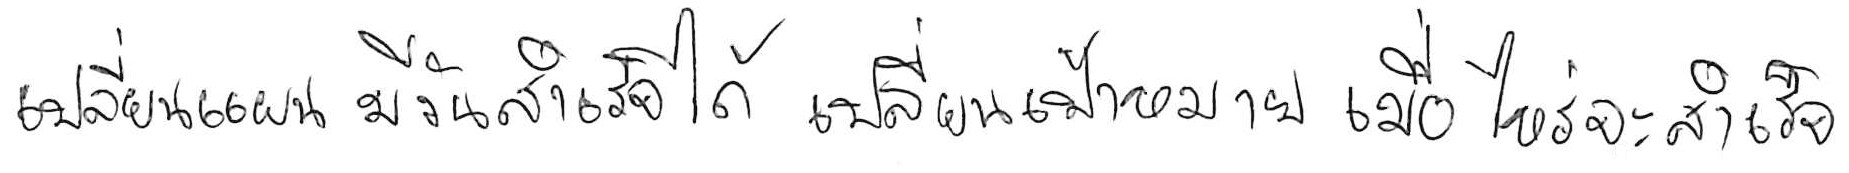
เปลี่ยนแผน มีวันสำเร็จได้ เปลี่ยนเป้าหมาย เมื่อไหร่จะสำเร็จ